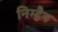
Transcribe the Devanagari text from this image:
निम्हैन